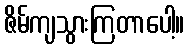
ဇိမ်ကျသွားကြတာပေါ့။